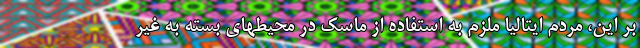
بر این، مردم ایتالیا ملزم به استفاده از ماسک در محیطهای بسته به غیر